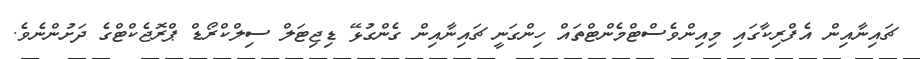
ޗައިނާއިން އެފްރިކާގައި މިއިންވެސްޓްމެންޓްތައް ހިންގަނީ ޗައިނާއިން ގެންގުޅޭ ޑިޖިޓަލް ސިލްކްރޯޑް ޕްރޮޖެކްޓްގެ ދަށުންނެވެ.